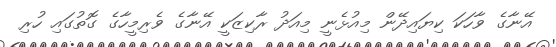
އޭނާގެ ވާހަކަ ކިޔައިދޭން މިއުޅެނީ މިއަދު ރާކިޒަކީ އޭނާގެ ވެރިމީހާގެ ގޮތުގައި ހުރި